system: You are a helpful assistant.
user:
Analyze the provided spectrum to determine if it is a **"Cataclysmic Variables (CV)"**.

- **Key Indicators for CV (Check for either state):**
    - **State 1: Quiescent / Low-State (Emission-Dominated)**
        - **(Primary):** Strong and *very broad* Hydrogen Balmer emission lines (e.g., $H\alpha$ at 6563 Å, $H\beta$ at 4861 Å). The 'broadness' (high velocity dispersion, often FWHM > 1000 km/s) is the key diagnostic, indicating a high-velocity accretion disk.
        - **(Secondary):** Broad neutral Helium (He I) emission lines (e.g., 5876 Å, 6678 Å).
        - **(Key Confirmation):** Presence of high-excitation *ionized* Helium (He II) emission at 4686 Å. This is a strong indicator of accretion onto a white dwarf.
        - **(Line Profile):** Emission lines may exhibit a 'double-peaked' profile, which is a classic signature of a rotating accretion disk viewed at high inclination.

    - **State 2: Outburst / High-State (Absorption-Dominated)**
        - **(Primary):** Spectrum is dominated by a bright, blue continuum (looks like a hot star).
        - **(Secondary):** The emission lines from State 1 are weak, absent, or 'filled in', and are replaced by broad, shallow *absorption* lines (primarily Balmer and He I).
        - **(Morphology):** The overall spectrum mimics a hot B/A-type star. The crucial difference is that the absorption lines are significantly broader, shallower, and more 'washed-out' (or 'smeared') than the sharp lines of a normal stellar photosphere, due to high rotational speeds and pressure broadening in the disk.

Think first, call **spectral_visualization_tool** if needed to examine features in detail, then provide your final answer. Your response must adhere to the following strict rules:
1.  **Overall Structure:** Your response must follow the format `<think>...</think> <tool_call>...</tool_call> (if a tool is used) <answer>...</answer>`.
2.  **Tool Usage Constraint:** You may only make **one** tool call per turn.
3.  **Final Answer Format:** In the `<answer>` tag, your conclusion must be inside a `\boxed{}` command (e.g., `\boxed{YES}`), followed by your justification.

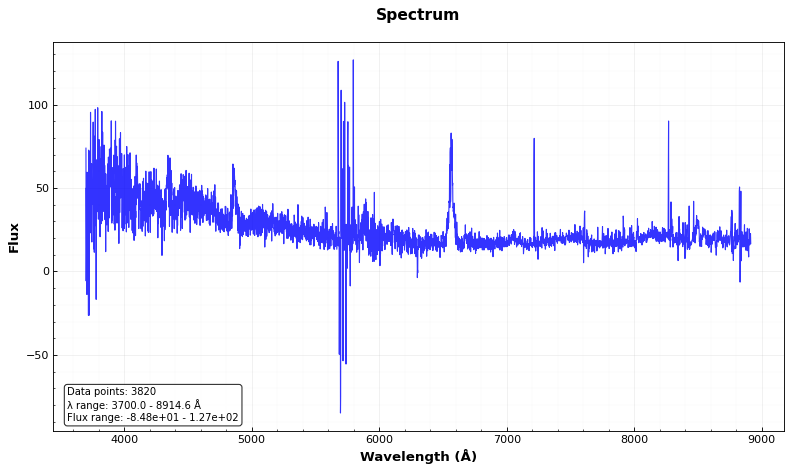
Answer: YES